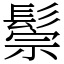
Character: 鬃